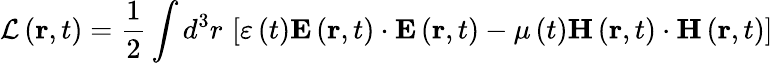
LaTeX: \mathcal{L}\left(\mathbf{r},t\right)=\frac{1}{2}\int d^{3}r\, \left[\varepsilon\left(t\right)\mathbf{E}\left(\mathbf{r},t\right)\cdot\mathbf{E}\left(\mathbf{r},t\right)-\mu\left(t\right)\mathbf{H}\left(\mathbf{r},t\right)\cdot\mathbf{H}\left(\mathbf{r},t\right)\right]